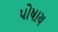
પોષાય